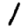
Digit: 1